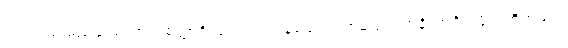
အတ္ထရသ မည်သည်ကား။ စတ္တာရိ၊ လေးပါးကုန်သော။ သာမညဖလာနိ၊ အရိယဖိုလ်တို့တည်း။